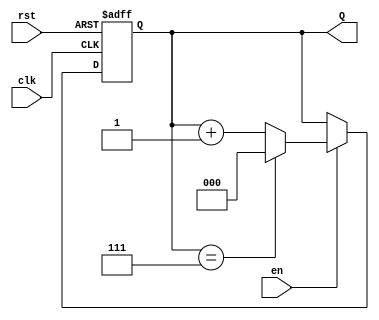
module binary_up_counter #(
    parameter N = 3  // Parameter for the number of bits (default is 3 bits)
)(
    input wire clk,   // Clock input
    input wire rst,   // Asynchronous reset input
    input wire en,    // Enable input
    output reg [N-1:0] Q  // N-bit output for the current count value
);

// Always block triggered on the rising edge of the clock or when reset is asserted
always @(posedge clk or posedge rst) begin
    if (rst) begin
        Q <= 0;  // Reset the counter to 0
    end else if (en) begin
        if (Q == (1 << N) - 1) begin
            Q <= 0;  // Wrap around to 0 if maximum count is reached
        end else begin
            Q <= Q + 1;  // Increment the counter
        end
    end
    // If en is low, retain the current value of Q
end

endmodule